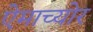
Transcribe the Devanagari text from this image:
ऐमाच्योर